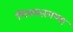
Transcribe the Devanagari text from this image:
चिक्करंगप्पा